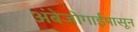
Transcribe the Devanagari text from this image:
अंबेजोगाईपासून